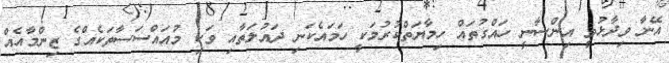
އޭނާ ވިދާޅުވީ އިންސާނީ ހައްގުތައް ހިމާޔަތްކުރުމަކީ ހަމައެކަނި ދައުލަތާއި ވަކި މުއައްސަސާތަކެއްގެ ޒިންމާއެއް